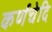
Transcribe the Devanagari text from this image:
कर्णचेदि